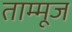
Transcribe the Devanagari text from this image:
ताम्मूज